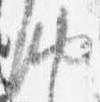
納